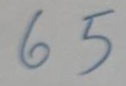
65